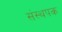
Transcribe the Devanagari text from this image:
संस्थपक